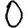
Digit: 0